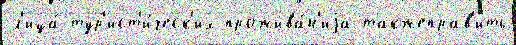
л'ица́ тур'ист'и́ческ'их прожива́н'иjа такжеправ'ить